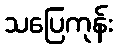
သပြေကုန်း